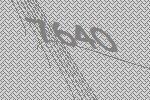
7640